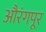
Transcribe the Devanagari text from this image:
औरंगपूर